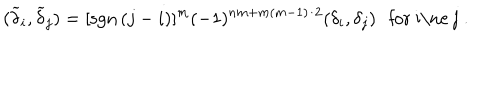
LaTeX: ( \widetilde \delta _ { i } , \widetilde \delta _ { j } ) = [ \mathrm { { s g n } } \, ( j - i ) ] ^ { m } ( - 1 ) ^ { n m + m ( m - 1 ) / 2 } ( \delta _ { i } , \delta _ { j } ) \, \, \, \, \mathrm { f o r ~ i \ne ~ j ~ . }